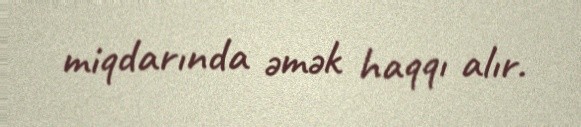
miqdarında əmək haqqı alır.